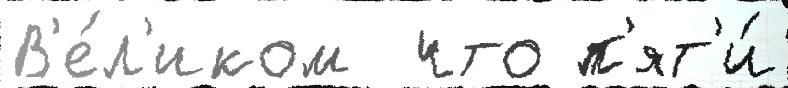
В'е́л'иком  что п'ят'и́